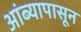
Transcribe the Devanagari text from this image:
आंब्यापासून